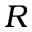
R